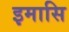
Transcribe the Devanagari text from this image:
इमासि